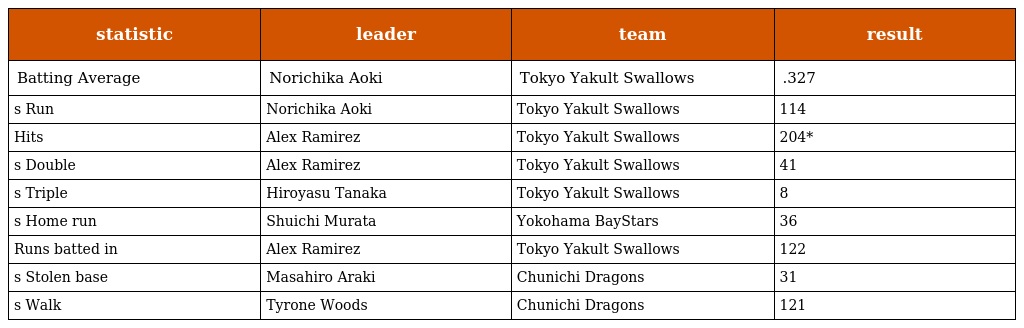
| statistic | leader | team | result |
 | --- | --- | --- | --- |
 | Batting Average | Norichika Aoki | Tokyo Yakult Swallows | .327 |
 | s Run | Norichika Aoki | Tokyo Yakult Swallows | 114 |
 | Hits | Alex Ramirez | Tokyo Yakult Swallows | 204* |
 | s Double | Alex Ramirez | Tokyo Yakult Swallows | 41 |
 | s Triple | Hiroyasu Tanaka | Tokyo Yakult Swallows | 8 |
 | s Home run | Shuichi Murata | Yokohama BayStars | 36 |
 | Runs batted in | Alex Ramirez | Tokyo Yakult Swallows | 122 |
 | s Stolen base | Masahiro Araki | Chunichi Dragons | 31 |
 | s Walk | Tyrone Woods | Chunichi Dragons | 121 |